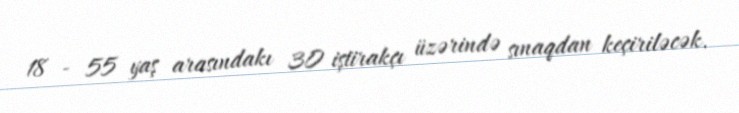
18 - 55 yaş arasındakı 30 iştirakçı üzərində sınaqdan keçiriləcək.